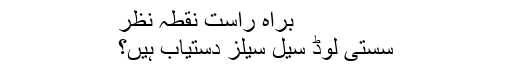
براہ راست نقطہ نظر
سستی لوڈ سیل سیلز دستیاب ہیں؟